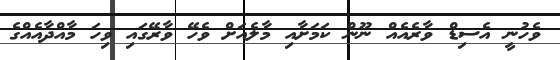
ވެހުނީ އެސިޑް ވާރެއެއް ނޫން ކަމަށާއި މާލެއަށް ވެހޭ ވާރޭގައި ވިހަ މާއްދާއެއްގެ